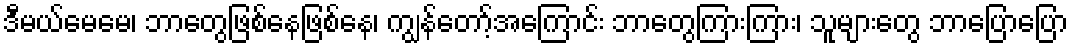
ဒီမယ်မေမေ၊ ဘာတွေဖြစ်နေဖြစ်နေ၊ ကျွန်တော့်အကြောင်း ဘာတွေကြားကြား၊ သူများတွေ ဘာပြောပြော